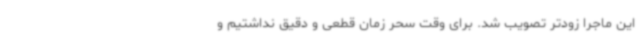
این ماجرا زودتر تصویب شد. برای وقت سحر زمان قطعی و دقیق نداشتیم و